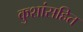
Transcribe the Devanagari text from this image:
कुशांसहित